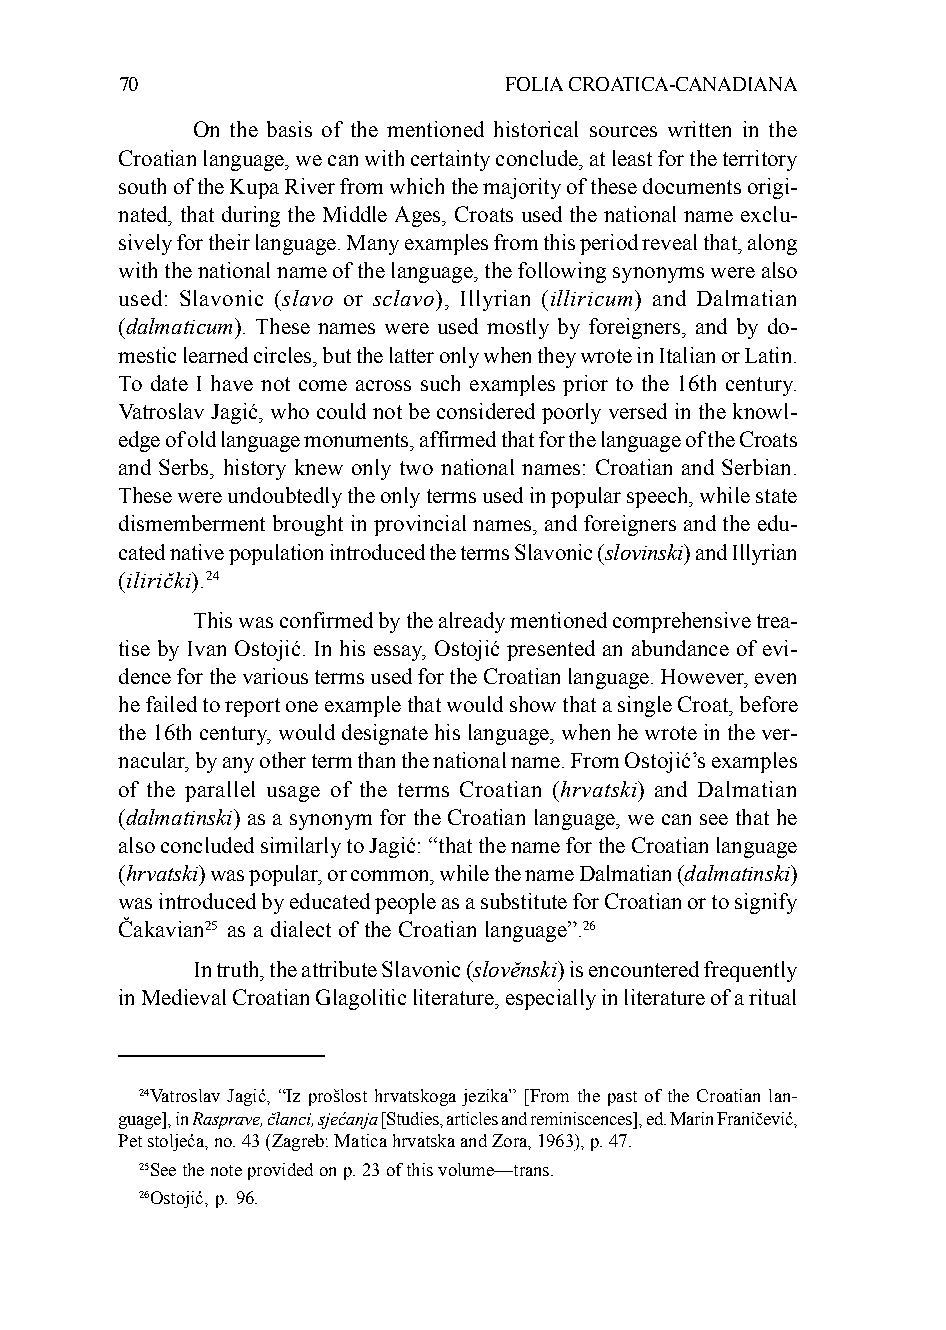
70                       FOLIA CROATICA-CANADIANA
 On the basis of the mentioned historical sources written in the
 Croatian language, we can with certainty conclude, at least for the territory
 south of the Kupa River from which the majority of these documents origi-
 nated, that during the Middle Ages, Croats used the national name exclu-
 sively for their language. Many examples from this period reveal that, along
 with the national name of the language, the following synonyms were also
 used: Slavonic (slavo or sclavo), Illyrian (illiricum) and Dalmatian
 (dalmaticum). These names were used mostly by foreigners, and by do-
 mestic learned circles, but the latter only when they wrote in Italian or Latin.
 To date I have not come across such examples prior to the 16th century.
 Vatroslav Jagić, who could not be considered poorly versed in the knowl-
 edge of old language monuments, affirmed that for the language of the Croats
 and Serbs, history knew only two national names: Croatian and Serbian.
 These were undoubtedly the only terms used in popular speech, while state
 dismemberment brought in provincial names, and foreigners and the edu-
 cated native population introduced the terms Slavonic (slovinski) and Illyrian
 (ilirički).24
 This was confirmed by the already mentioned comprehensive trea-
 tise by Ivan Ostojić. In his essay, Ostojić presented an abundance of evi-
 dence for the various terms used for the Croatian language. However, even
 he failed to report one example that would show that a single Croat, before
 the 16th century, would designate his language, when he wrote in the ver-
 nacular, by any other term than the national name. From Ostojić’s examples
 of the parallel usage of the terms Croatian (hrvatski) and Dalmatian
 (dalmatinski) as a synonym for the Croatian language, we can see that he
 also concluded similarly to Jagić: “that the name for the Croatian language
 (hrvatski) was popular, or common, while the name Dalmatian (dalmatinski)
 was introduced by educated people as a substitute for Croatian or to signify
 Čakavian25 as a dialect of the Croatian language”.26
 In truth, the attribute Slavonic (slověnski) is encountered frequently
 in Medieval Croatian Glagolitic literature, especially in literature of a ritual
 24Vatroslav Jagić, “Iz prošlost hrvatskoga jezika” [From the past of the Croatian lan-
 guage], in Rasprave, članci, sjećanja [Studies, articles and reminiscences], ed. Marin Franičević,
 Pet stoljeća, no. 43 (Zagreb: Matica hrvatska and Zora, 1963), p. 47.
 25See the note provided on p. 23 of this volume—trans.
 26Ostojić, p. 96.